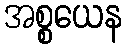
အစ္စယေန